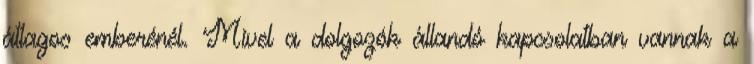
átlagos emberénél. Mivel a dolgozók állandó kapcsolatban vannak a